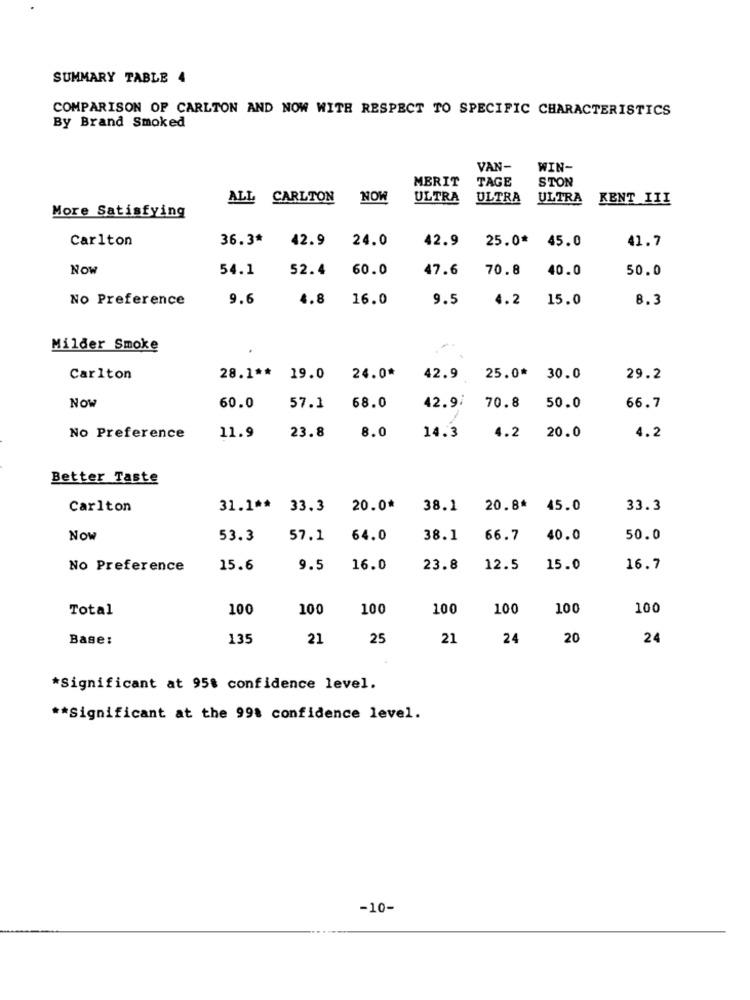
SUMMARY TABLE 4
COMPARISON OF CARLTON AND NOW WITH RESPECT TO SPECIFIC CHARACTERISTICS
By Brand Smoked
VAN-
WIN-
MERIT
TAGE
STON
ALL
CARLTON NOW
ULTRA
ULTRA
ULTRA
KENT III
More Satisfying
Carlton
36.3*
42.9 24.0
42.9
25.0* 45.0
41.7
Now
54.1
52.4
60.0
47.6
70.8
40.0
50.0
No Preference
9.6
4.8
16.0
9.5
4.2
15.0
8.3
Milder Smoke
Carlton
28.1 **
19.0
24.0*
42.9
25.0* 30.0
29.2
NOW
60.0
57.1
68.0
42.97
70.8
50.0
66.7
No Preference
11.9
23.8
8.0
14.3
4.2 20.0
4.2
Better Taste
Carlton
31.1 ** 33.3
20.0*
38.1
20.8* 45.0
33.3
Now
53.3
57.1
64.0
38.1
66.7
40.0
50.0
No Preference
15.6
9.5
16.0
23.8
12.5
15.0
16.7
Total
100
100
100
100
100
100
100
Base:
135
21
25
21
24
20
24
*Significant at 95% confidence level.
** Significant at the 998 confidence level.
-10-